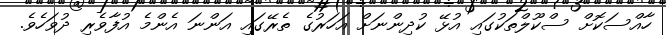
ހާއްސަކޮށް ސްކޫލްތަކުގައި އުޅޭ ކުދިންނަށް އަހަރުގެ ތެރޭގައި އަންނަ އެންމެ އުފާވެރި ދުވަހެވެ.